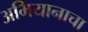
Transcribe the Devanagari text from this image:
अभियानाचा